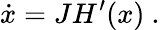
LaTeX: \dot{x}=JH^{\prime}(x)\ .